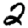
Digit: 2